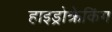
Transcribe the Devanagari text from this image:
हाइड्रोक्रेकिंग